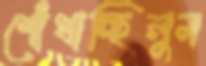
শোঁখাচ্ছিলুম